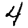
Digit: 4